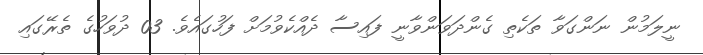
ނީލަމުން ނަންގަވާ ތަކެތި ގެންދަވަންވާނީ ފައިސާ ދެއްކެވުމަށް ފަހުގައެވެ. 03 ދުވަހުގެ ތެރޭގައި